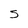
Character: S